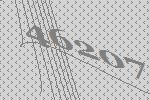
46207